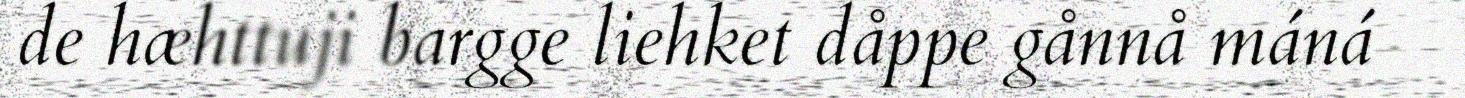
de hæhttuji bargge liehket dåppe gånnå máná